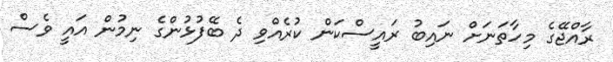
ރާއްޖޭގެ މިހާތަނަށް ނައިބު ރައީސްކަން ކުރެއްވި ދެ ބޭފުޅުންގެ ނިމުން އައީ ވެސް